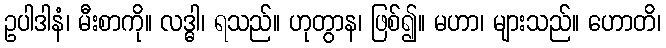
ဥပါဒါနံ၊ မီးစာကို။ လဒ္ဓါ၊ ရသည်။ ဟုတွာန၊ ဖြစ်၍။ မဟာ၊ များသည်။ ဟောတိ၊